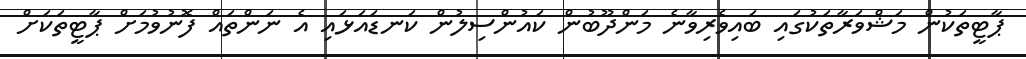
ޕާޓީތަކުން މަޝްވަރާތަކުގައި ބައިވެރިވާނެ މަންދޫބުން ކައުންސިލުން ކަނޑައަޅައި އެ ނަންތައް ފޮނުވުމަށް ޕާޓީތަކަށް